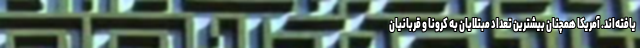
یافته‌اند. آمریکا همچنان بیشترین تعداد مبتلایان به کرونا و قربانیان